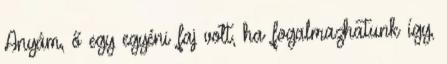
Anyám, ő egy egyéni faj volt, ha fogalmazhatunk így,